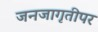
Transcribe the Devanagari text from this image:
जनजागृतीपर